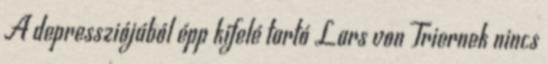
A depressziójából épp kifelé tartó Lars von Triernek nincs